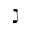
\gimel